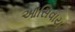
આસિવાય